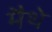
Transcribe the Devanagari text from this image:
मैथे